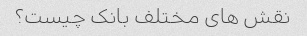
نقش های مختلف بانک چیست؟